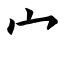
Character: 宀